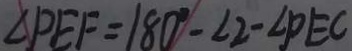
\angle P E F = 1 8 0 ^ { \circ } - \angle 2 - \angle P E C